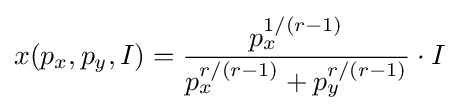
x(p_{x},p_{y},I)={\frac {p_{x}^{1/(r-1)}}{p_{x}^{r/(r-1)}+p_{y}^{r/(r-1)}}}\cdot I